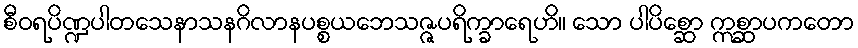
စီဝရပိဏ္ဍပါတသေနာသနဂိလာနပစ္စယဘေသဇ္ဇပရိက္ခာရေဟိ။ သော ပါပိစ္ဆော ဣစ္ဆာပကတော